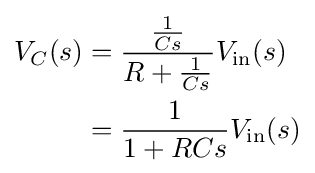
{\begin{aligned}V_{C}(s)&={\frac {\frac {1}{Cs}}{R+{\frac {1}{Cs}}}}V_{\mathrm {in} }(s)\\&={\frac {1}{1+RCs}}V_{\mathrm {in} }(s)\end{aligned}}